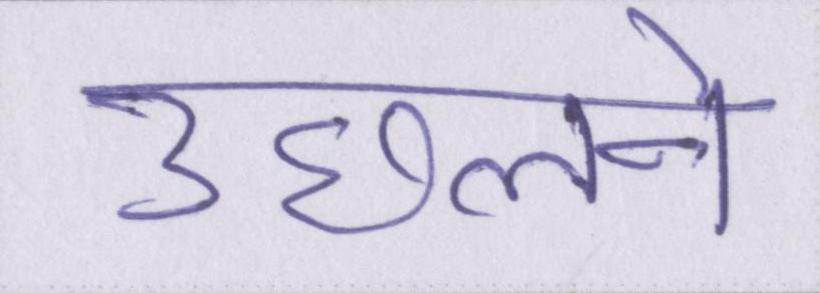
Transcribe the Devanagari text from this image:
उछलने